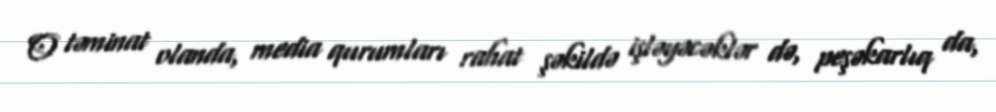
O təminat olanda, media qurumları rahat şəkildə işləyəcəklər də, peşəkarlıq da,